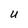
Character: U